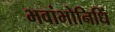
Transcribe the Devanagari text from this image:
भवांभोनिधिं